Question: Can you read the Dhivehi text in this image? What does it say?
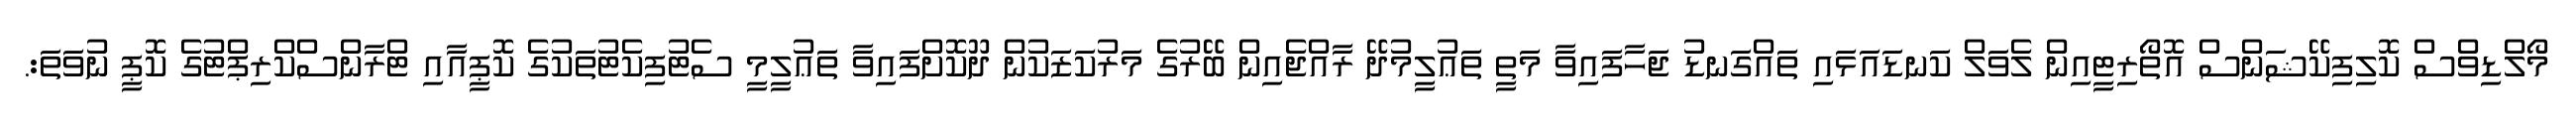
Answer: މޯލްޑިވްސް ކޮލިފިކޭޝަންސް އޮތޯރިޓީއިން ލެވަލް ކަނޑައަޅައި ތައްގަނޑު ޖަހާފައިވާ މަތީ ތަޢުލީމުދޭ ރާއްޖެއިން ބޭރުގެ މަރުކަޒަކުން ދޫކޮށްފައިވާ ތަޢުލީމީ ސެޓުފިކެޓުތަކުގެ ކޮޕީއާއި ޓްރާންސްކްރިޕްޓުގެ ކޮޕީ ނުވަތަ:.